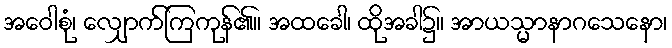
အဝေါစုံ၊ လျှောက်ကြကုန်၏။ အထခေါ၊ ထိုအခါ၌။ အာယသ္မာနာဂသေနော၊